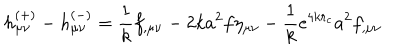
h _ { \mu \nu } ^ { ( + ) } - h _ { \mu \nu } ^ { ( - ) } = \frac { 1 } { k } f _ { , \mu \nu } - 2 k a ^ { 2 } f \eta _ { \mu \nu } - \frac { 1 } { k } \mathrm { e } ^ { 4 k r _ { c } } a ^ { 2 } f _ { , \mu \nu }